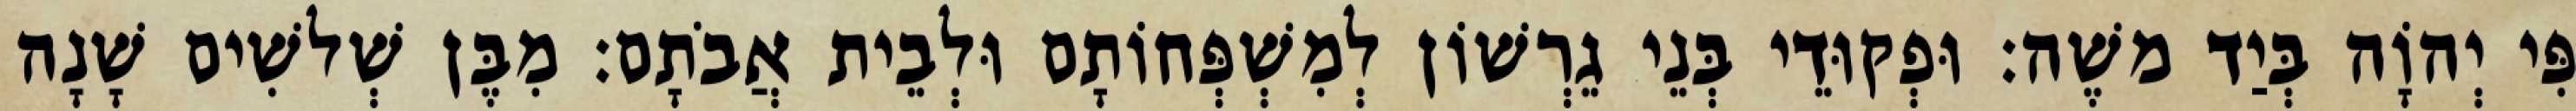
פִּי יְהוָֹה בְּיַד משֶׁה׃ וּפְקוּדֵי בְּנֵי גֵרְשׁוֹן לְמִשְׁפְּחוֹתָם וּלְבֵית אֲבֹתָם׃ מִבֶּן שְׁלשִׁים שָׁנָה